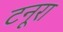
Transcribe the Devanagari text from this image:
टनूरा